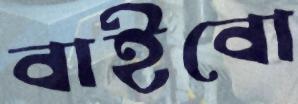
বাইবো